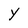
Character: Y